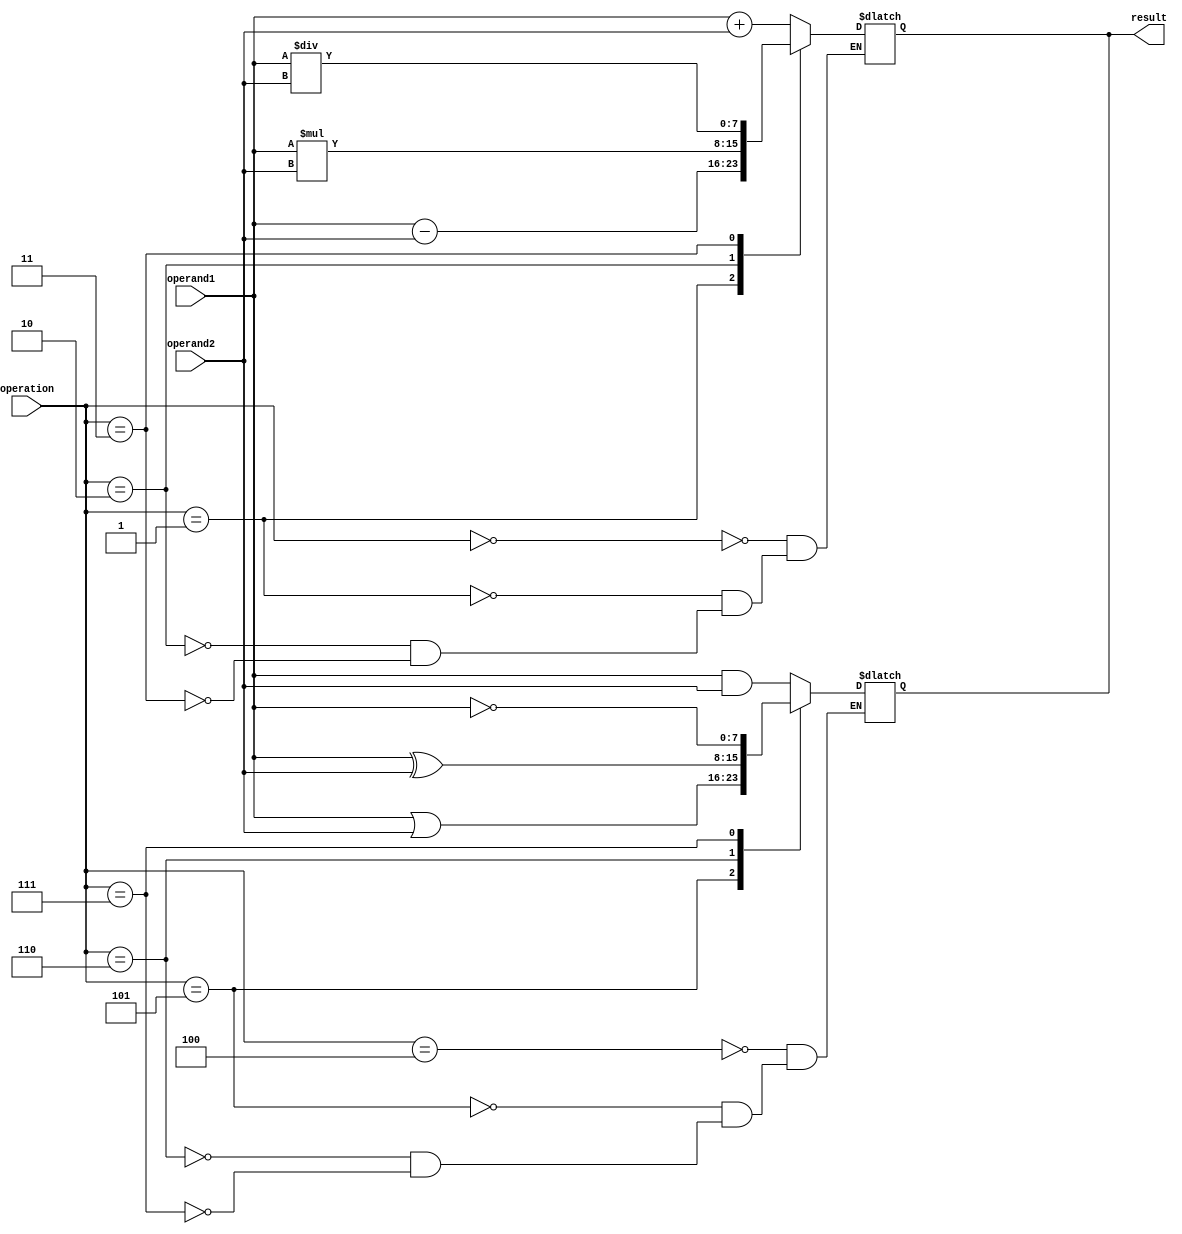
module ALU(input wire [7:0] operand1, operand2, input wire [2:0] operation, output reg [7:0] result);

// Arithmetic blocks
always @(*)
begin
    case(operation)
        3'b000: result = operand1 + operand2; // Adder
        3'b001: result = operand1 - operand2; // Subtractor
        3'b010: result = operand1 * operand2; // Multiplier
        3'b011: result = operand1 / operand2; // Divider
    endcase
end

// Logical operations
always @(*)
begin
    case(operation)
        3'b100: result = operand1 & operand2; // AND
        3'b101: result = operand1 | operand2; // OR
        3'b110: result = operand1 ^ operand2; // XOR
        3'b111: result = ~operand1; // NOT
    endcase
end

endmodule